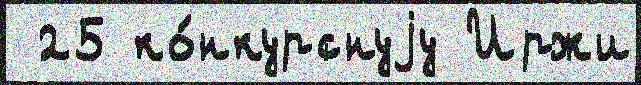
 25 ко́нкурснуjу Иржи